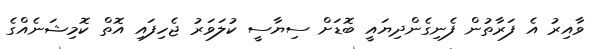
ވާއިރު އެ ފަރާތުން ފެނިގެންދިޔައީ ބޮޑަށް ސިޔާސީ ކުލަވަރު ޖެހިފައި އޮތް ކޮމިޝަނެއްގެ